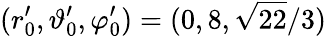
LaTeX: (r_{0}^{\prime},\vartheta_{0}^{\prime},\varphi_{0}^{\prime})=(0,8,\sqrt{22}/3)